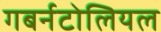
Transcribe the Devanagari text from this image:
गबर्नटोलियल